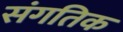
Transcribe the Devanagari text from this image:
संगतिक